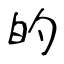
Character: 的